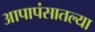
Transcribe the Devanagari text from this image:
आपापंसातल्या